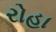
રોહા